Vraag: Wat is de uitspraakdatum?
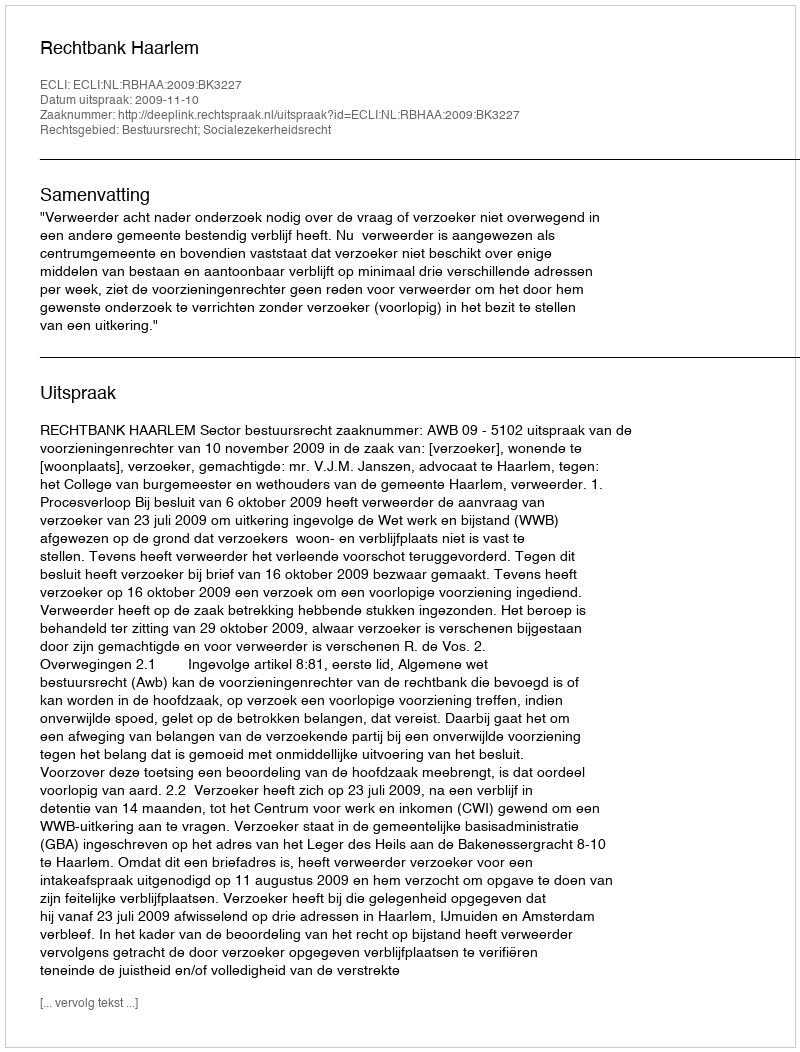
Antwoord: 2009-11-10